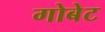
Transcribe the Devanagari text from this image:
गोबेट